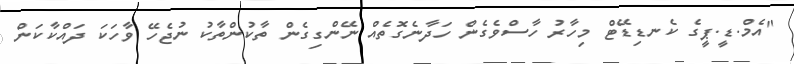
"އެމް.ޑީ.ޕީގެ ކެނޑިޑޭޓް މިހާރު ހާސްވެގެން ހަދާނެގޮތެއް ނޭންގިގެން ތާކުންތާކު ނުޖެހޭ ވާހަކަ ދައްކާކަން